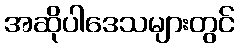
အဆိုပါဒေသများတွင်